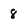
Character: 8